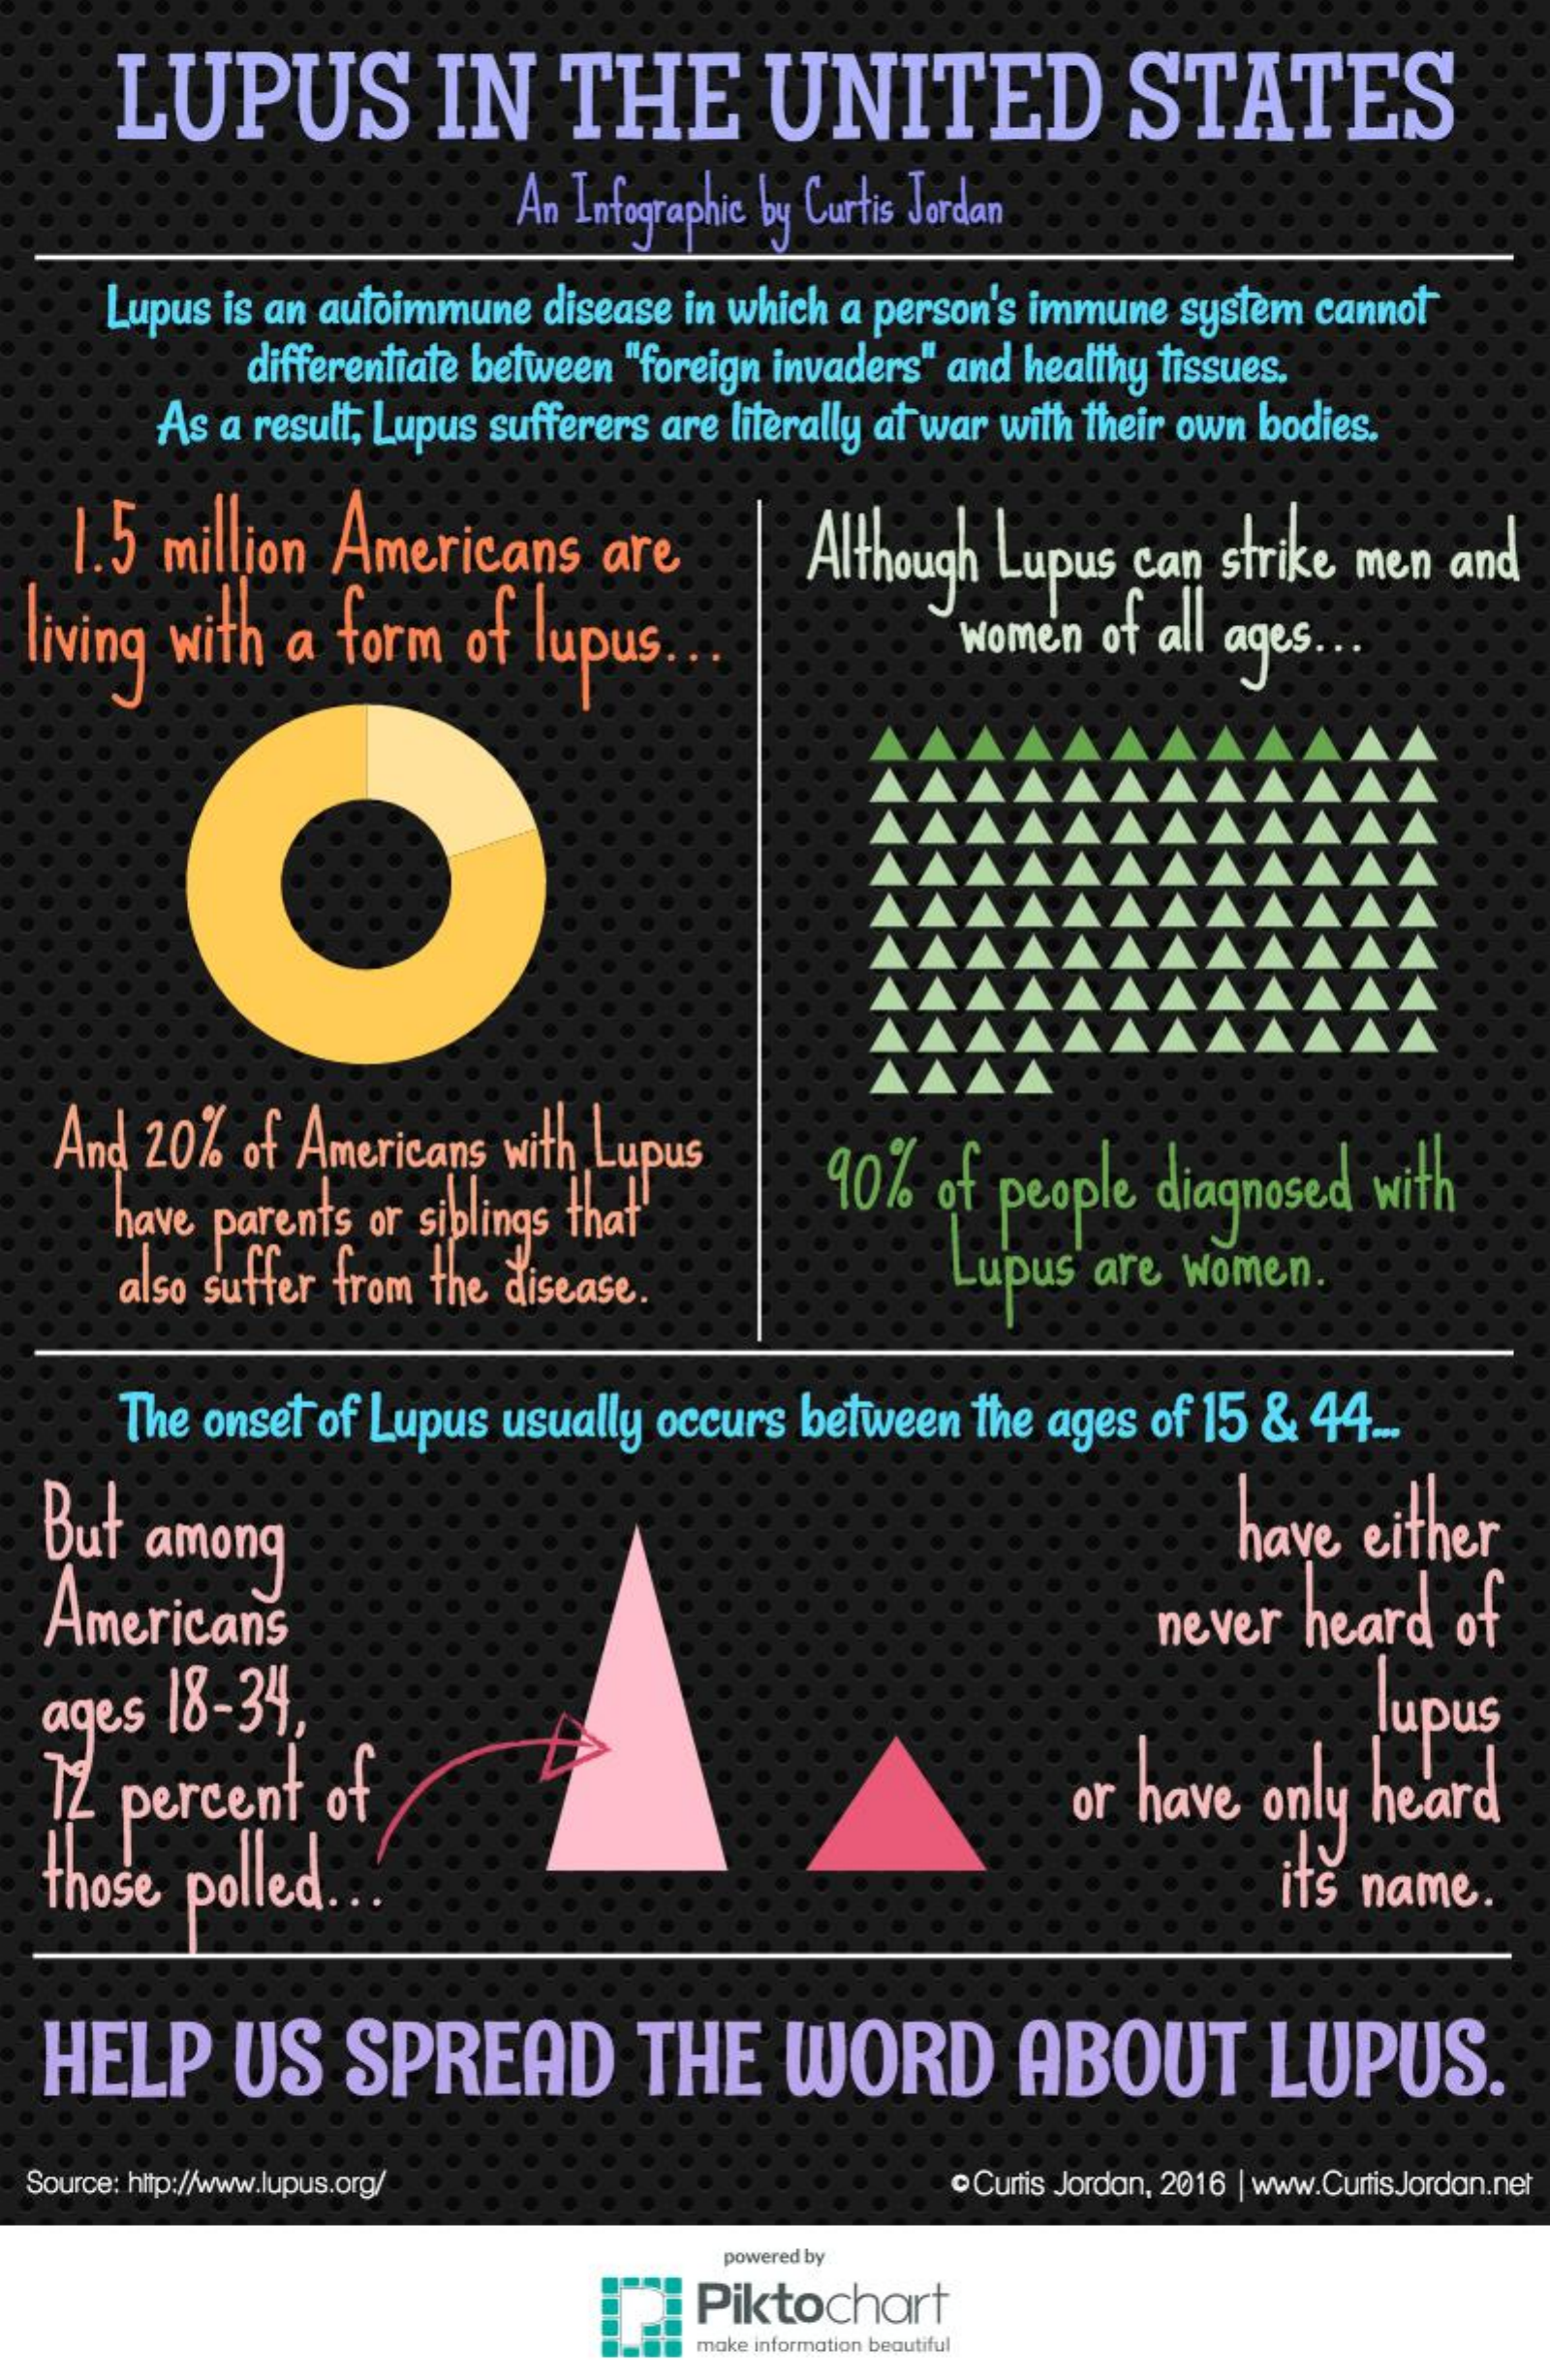
LUPUS    IN    THE    UNITED    STATES
     An Infographic by Curtis Jordan
     Lupus is an autoimmune disease in which a person's immune system cannot
     differentiate between "foreign invaders" and healthy tissues.
     As a result, Lupus sufferers are literally at war with their own bodies.
   1.5 million Americans  are    Although Lupus can stri strike men and
  living with a form of lupus    women of all ages.
   And 20% of Americans with Lupus
     have parents or siblings that  90%  of people diagnosed with
     also suffer from the disease.    Lupus are Women.
     The onset of Lupus usually occurs between the ages of 15 & 44.
  But among    have either
  Americans    never heard  of
  ages 18-34,    lupus
  I2 percent  of    or have only heard
  those polled.    its name.
  HELP    US   SPREAD    THE   WORD    ABOUT    LUPUS.
  Source: http://www.lupus.org/    Curtis Jordan, 2016 | www.CurtisJordan.net
     powered by
     Piktochart
     make information beautiful